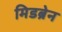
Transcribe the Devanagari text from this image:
मिडब्रेन